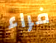
فراء